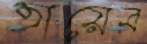
তায়েব